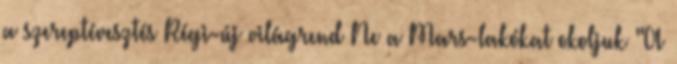
a szereptévesztés Régi-új világrend Ne a Mars-lakókat okoljuk "A